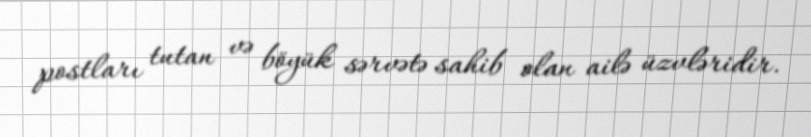
postları tutan və böyük sərvətə sahib olan ailə üzvləridir.